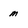
Character: M